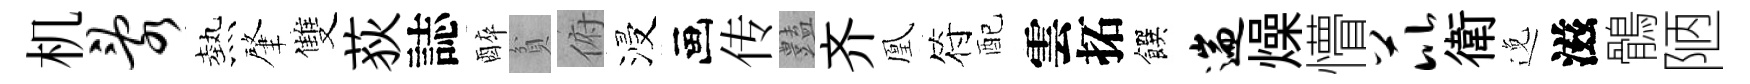
机乱熱肇雙荻誌醉貧俯浸画传𧰟齐凰符配雲拓饌遄燥懵芘衛𨓜滋鶻陋